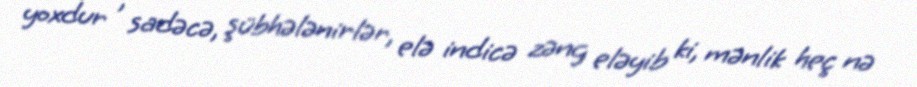
yoxdur , sadəcə, şübhələnirlər, elə indicə zəng eləyib ki, mənlik heç nə